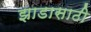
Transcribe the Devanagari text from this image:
झाडासाठी